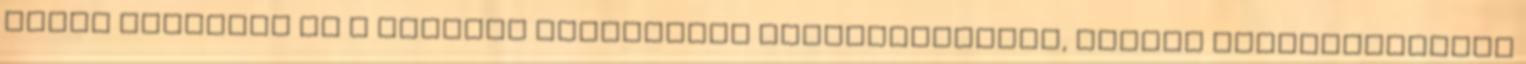
város vezetése és a polgári társulások kezdeményeztek, hiszen aláírásgyűjtés